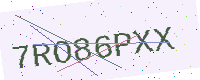
Text: 7RO86PXX